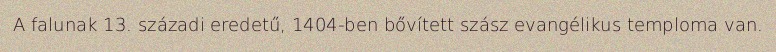
A falunak 13. századi eredetű, 1404-ben bővített szász evangélikus temploma van.